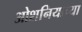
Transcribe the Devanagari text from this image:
ओशनियाच्या